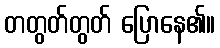
တတွတ်တွတ် ပြောနေ၏။